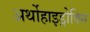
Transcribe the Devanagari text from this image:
अर्थोहाइड्रोक्सि